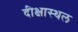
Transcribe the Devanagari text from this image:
दीक्षास्थल